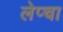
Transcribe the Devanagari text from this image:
लेप्‍चा